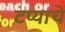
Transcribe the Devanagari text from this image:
टप्याचे